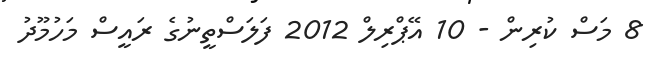
8 މަސް ކުރިން - 10 އޭޕްރިލް 2012 ފަލަސްތީނުގެ ރައީސް މަހުމޫދު